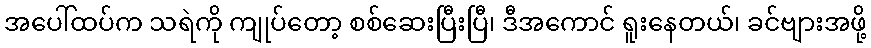
အပေါ်ထပ်က သရဲကို ကျုပ်တော့ စစ်ဆေးပြီးပြီ၊ ဒီအကောင် ရူးနေတယ်၊ ခင်ဗျားအဖို့